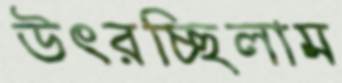
উৎরচ্ছিলাম